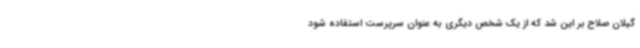
گیلان صلاح بر این شد که از یک شخص دیگری به عنوان سرپرست استفاده شود